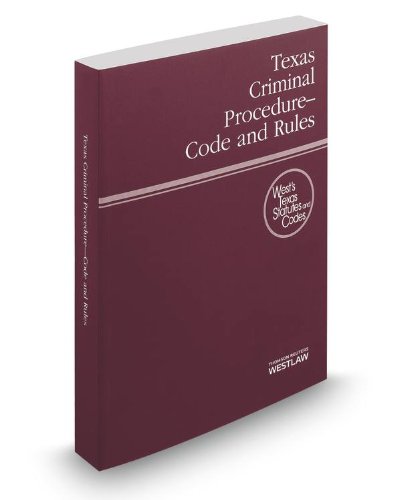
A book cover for Texas Criminal Procedure-Code and Rules 2014; Thomson West; Law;